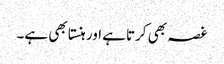
غصہ بھی کرتاہے اور ہنستا بھی ہے۔